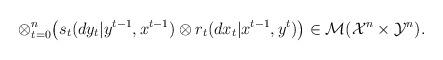
LaTeX: \begin{align*}\otimes_{t=0}^n\big(s_t(dy_t|y^{t-1},x^{t-1})\otimes {r}_t(dx_t|x^{t-1},y^t)\big)\in{\cal M}({{\cal X}^{n} }\times {\cal Y}^{n}).\end{align*}